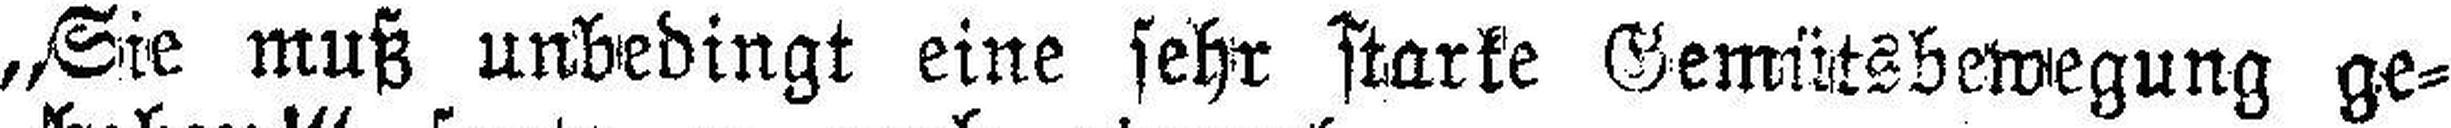
„Sie muß unbedingt eine sehr starke Gemütsbewegung ge¬